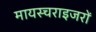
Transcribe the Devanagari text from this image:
मायस्चराइजरों